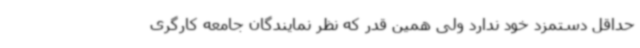
حداقل دستمزد خود ندارد ولی همین قدر که نظر نمایندگان جامعه کارگری